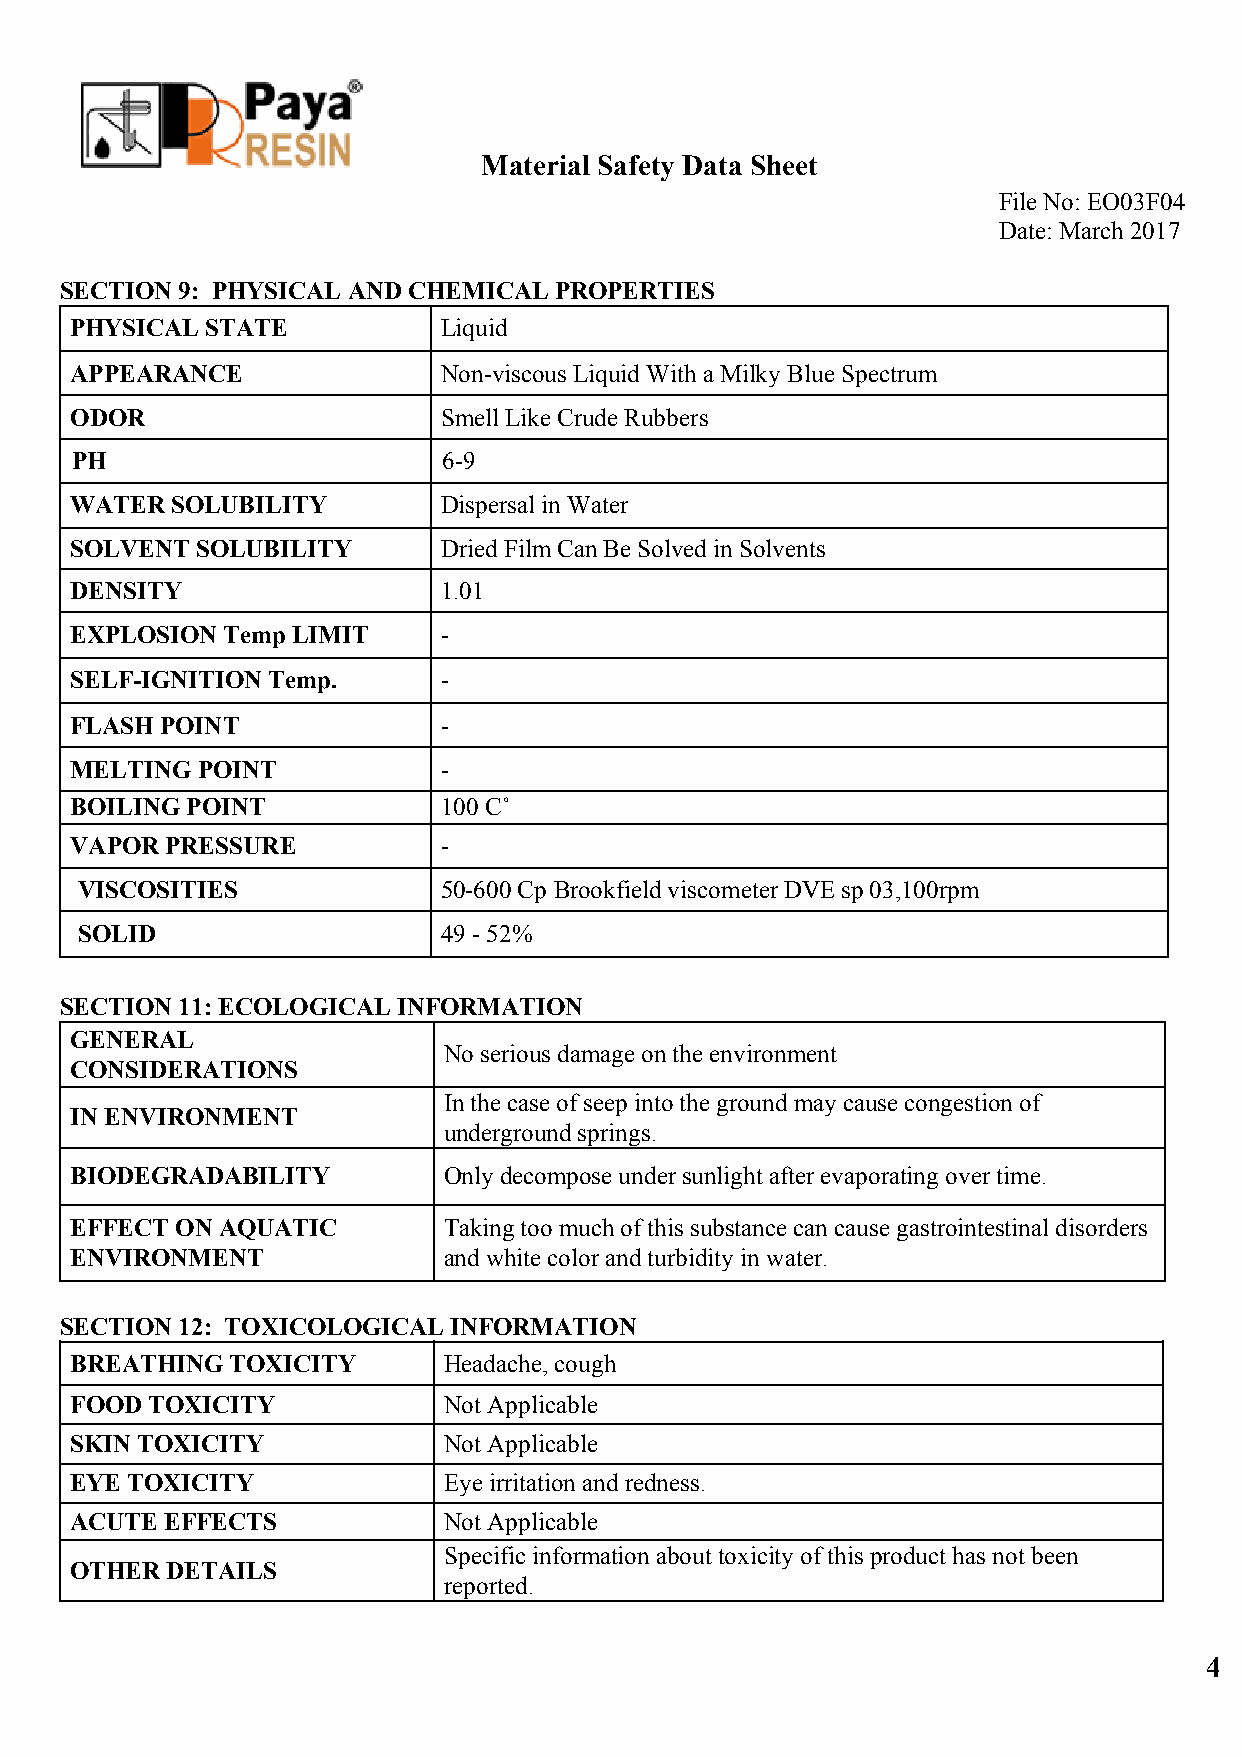
Material Safety Data Sheet
 ​
 File No: EO03F04
 ​
 Date: March 2017
 ​
 SECTION 9: PHYSICAL AND CHEMICAL PROPERTIES
 PHYSICAL STATE          Liquid
 APPEARANCE              Non-viscous Liquid With a Milky Blue Spectrum
 ODOR                    Smell Like Crude Rubbers
 PH                      6-9
 WATER SOLUBILITY        Dispersal in Water
 SOLVENT SOLUBILITY      Dried Film Can Be Solved in Solvents
 DENSITY                 1.01
 EXPLOSION Temp LIMIT    -
 SELF-IGNITION Temp.     -
 FLASH POINT             -
 MELTING POINT           -
 BOILING POINT           100 C˚
 VAPOR PRESSURE          -
 VISCOSITIES             50-600 Cp Brookfield viscometer DVE sp 03,100rpm
 ​
 SOLID                   49 - 52%
 SECTION 11: ECOLOGICAL INFORMATION
 GENERAL
 No serious damage on the environment
 CONSIDERATIONS
 In the case of seep into the ground may cause congestion of
 IN ENVIRONMENT
 underground springs.
 BIODEGRADABILITY        Only decompose under sunlight after evaporating over time.
 EFFECT ON AQUATIC       Taking too much of this substance can cause gastrointestinal disorders
 ENVIRONMENT             and white color and turbidity in water.
 SECTION 12: TOXICOLOGICAL INFORMATION
 BREATHING TOXICITY      Headache, cough
 FOOD TOXICITY           Not Applicable
 SKIN TOXICITY           Not Applicable
 EYE TOXICITY            Eye irritation and redness.
 ACUTE EFFECTS           Not Applicable
 Specific information about toxicity of this product has not been
 OTHER DETAILS
 reported.
 4